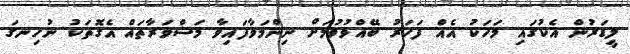
ލީޑަރުން އެކުގައި މަހަކު އެއް ފަހަރު ބޭއްވުވުމަށް ނިންމަވާފައިވާ މަޝްވަރާތައް އެގޮތަކު ނުހިނގަ